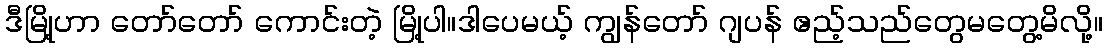
ဒီမြို့ဟာ တော်တော် ကောင်းတဲ့ မြို့ပါ။ဒါပေမယ့် ကျွန်တော် ဂျပန် ဧည့်သည်တွေမတွေ့မိလို့။